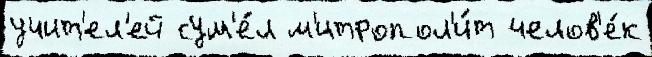
учит'ел'ей сум'е́л м'итропол'и́т челов'е́к